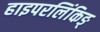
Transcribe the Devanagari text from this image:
हाइपरलिंकिङ्